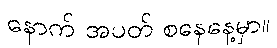
နောက် အပတ် စနေနေ့မှာ။